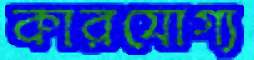
কারযোগ্য